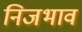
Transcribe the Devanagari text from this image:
निजभाव